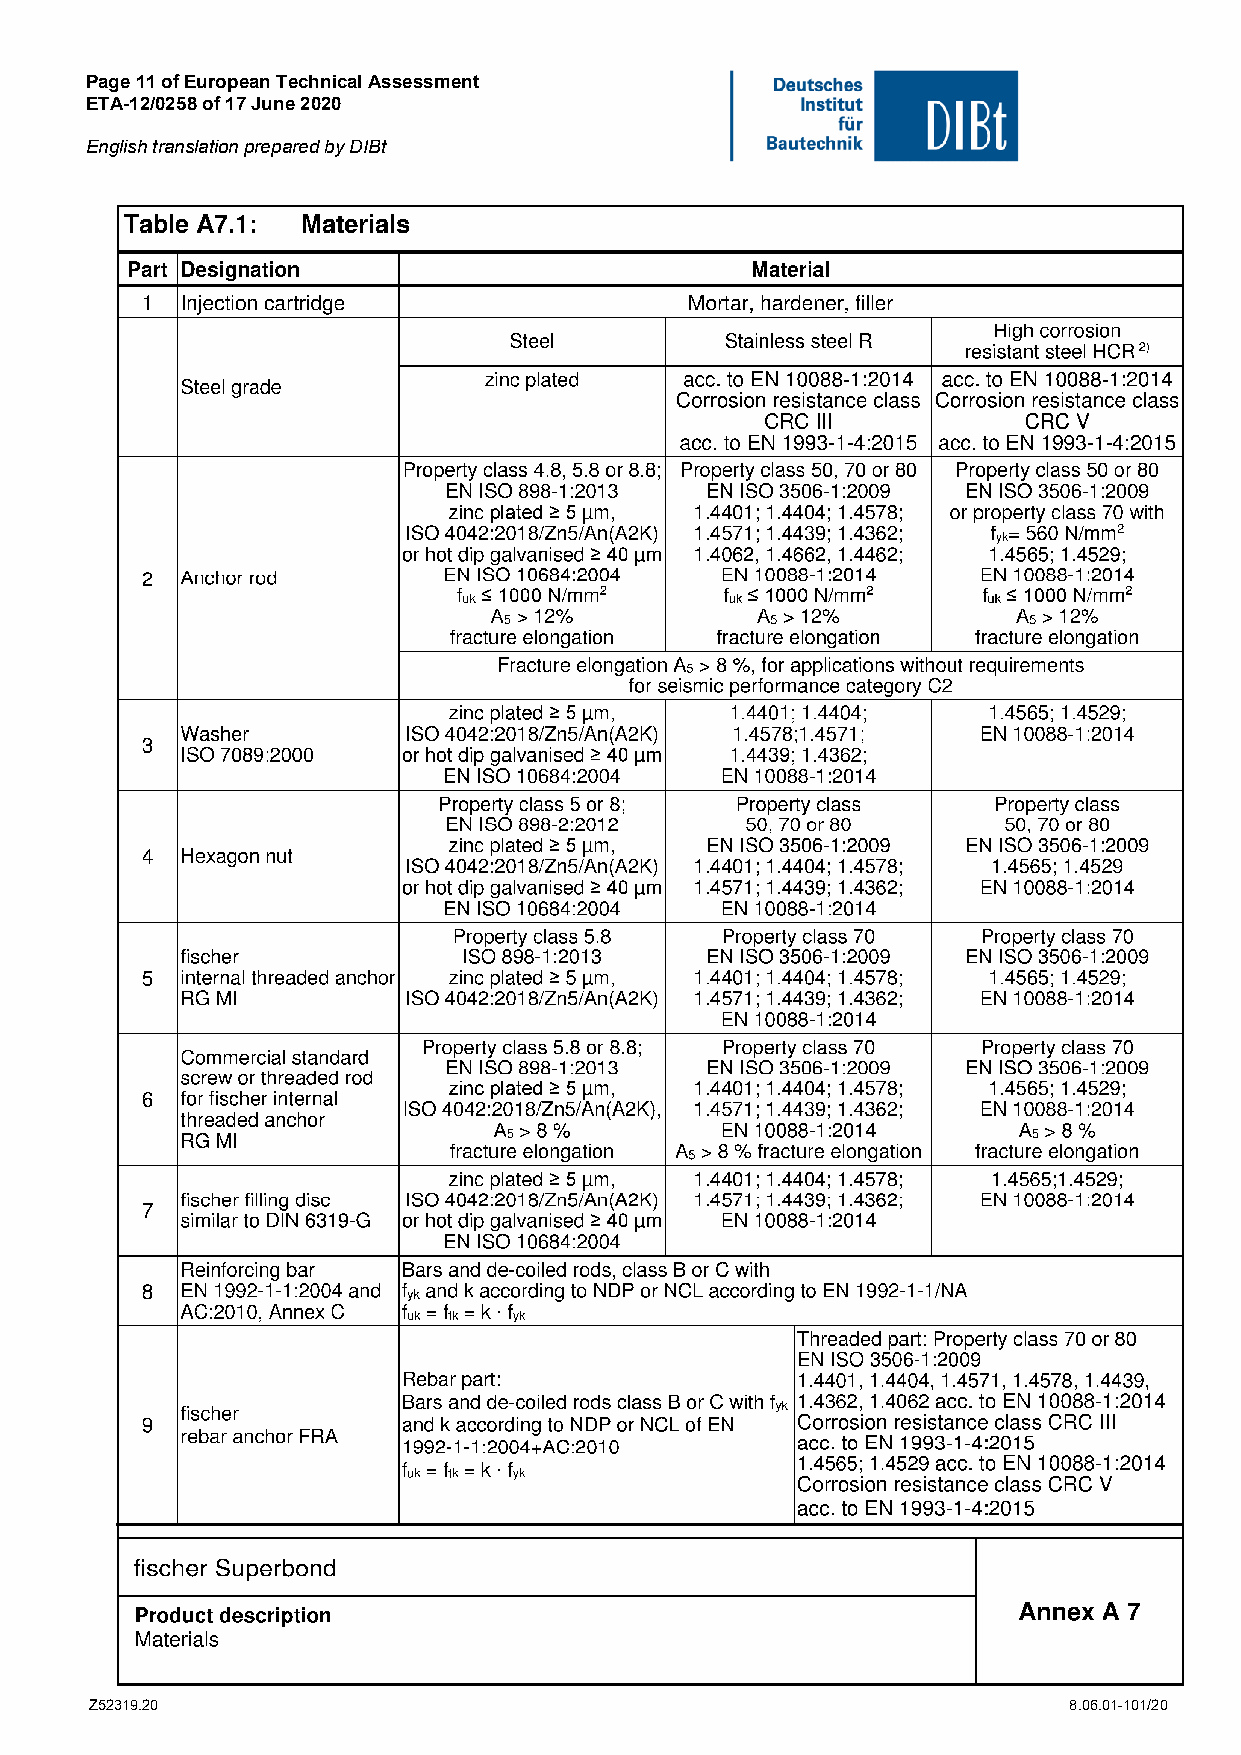
Page 11 of European Technical Assessment
 ETA-12/0258 of 17 June 2020
 English translation prepared by DIBt
 Z52319.20                                                        8.06.01-101/20